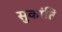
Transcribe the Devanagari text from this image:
सुकांति